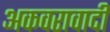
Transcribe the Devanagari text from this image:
अकवरावादी